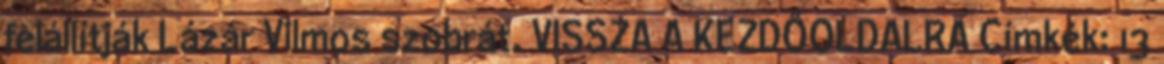
felállítják Lázár Vilmos szobrát. VISSZA A KEZDŐOLDALRA Címkék: 13